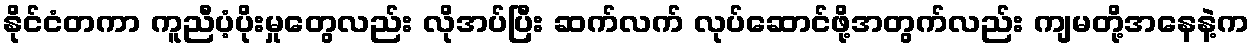
နိုင်ငံတကာ ကူညီပံ့ပိုးမှုတွေလည်း လိုအပ်ပြီး ဆက်လက် လုပ်ဆောင်ဖို့အတွက်လည်း ကျမတို့အနေနဲ့က